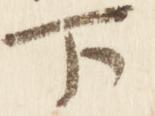
下